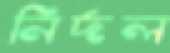
নির্দল